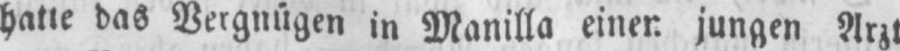
halte das Vergnügen in Manilla einen jungen Arzt